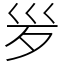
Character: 𣧄